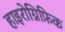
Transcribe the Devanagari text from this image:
हाइरोग्निफ़िक